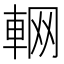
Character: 𨋹